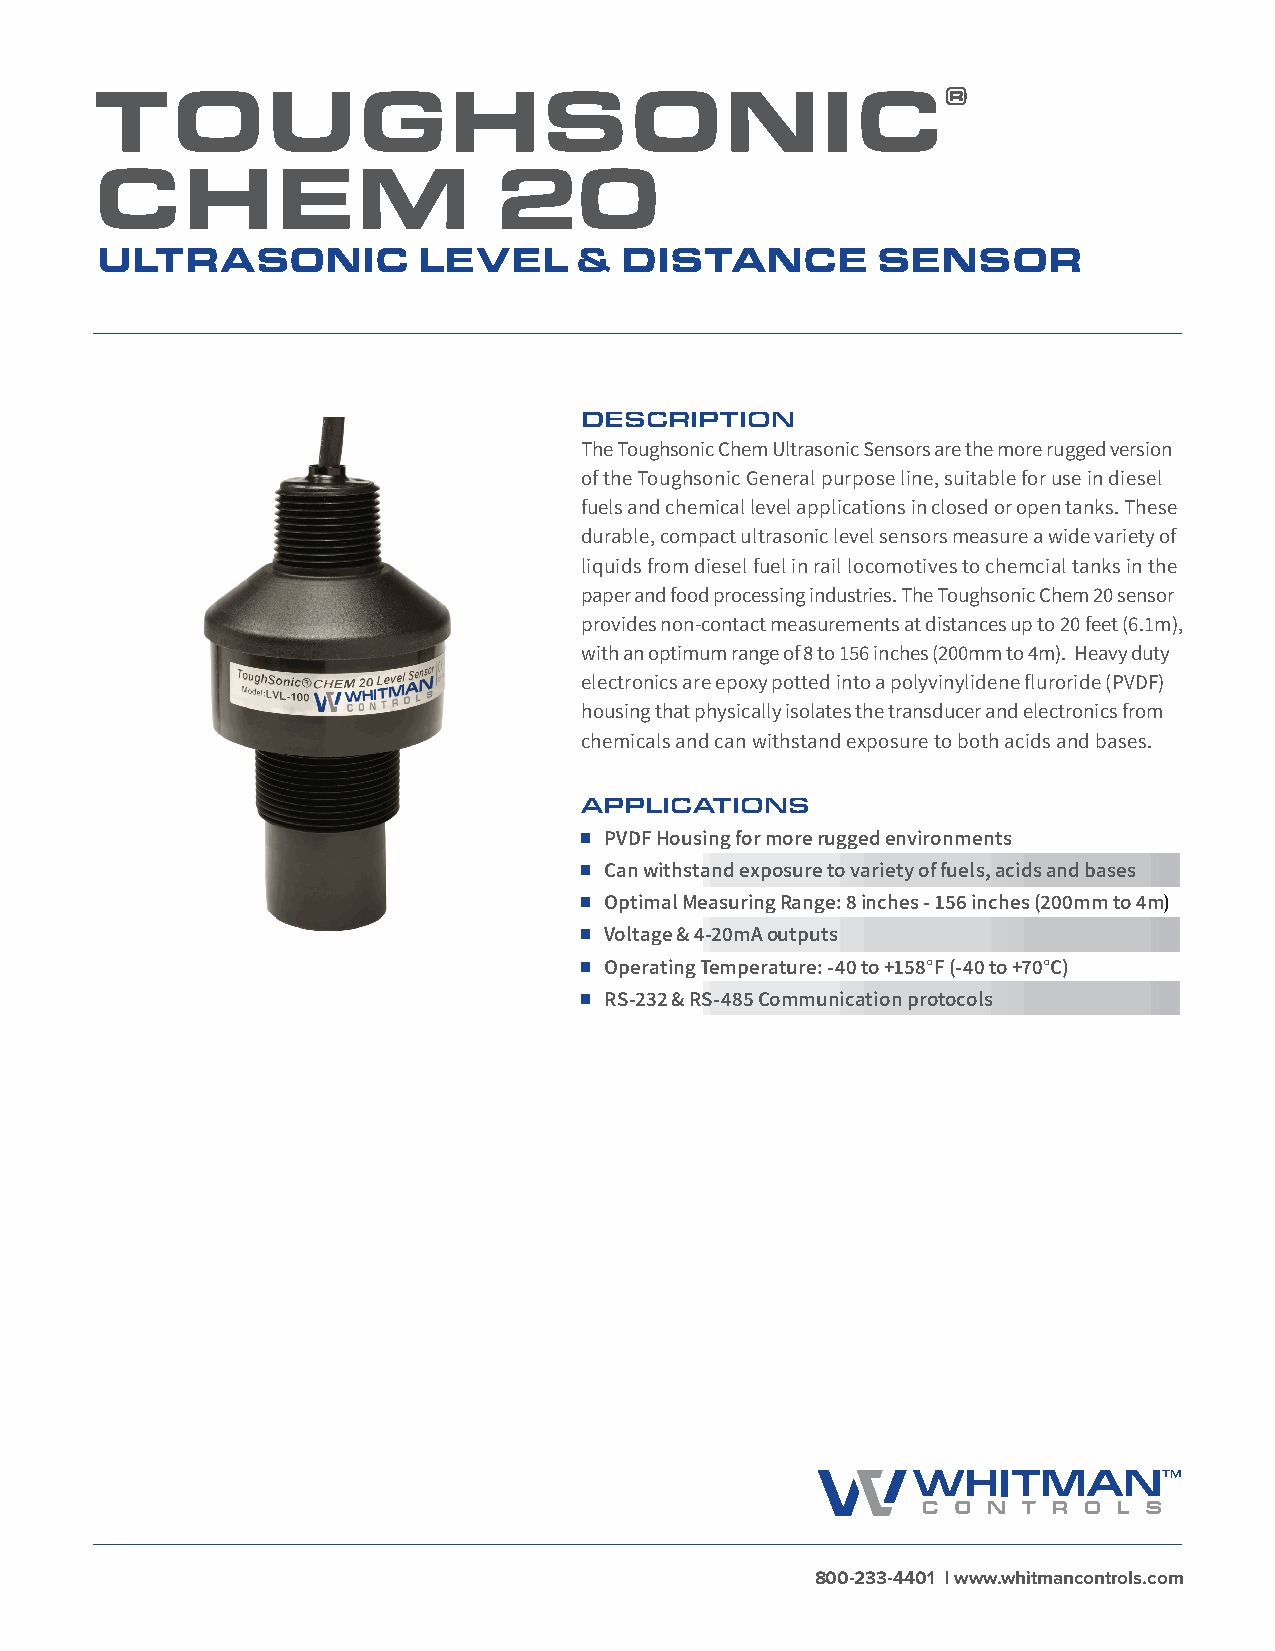
TOUGHSONIC®
 CHEM                       20
 ULTRASONIC            LEVEL     &  DISTANCE         SENSOR
 DESCRIPTION
 The Toughsonic Chem Ultrasonic Sensors are the more rugged version
 of the Toughsonic General purpose line, suitable for use in diesel
 fuels and chemical level applications in closed or open tanks. These
 durable, compact ultrasonic level sensors measure a wide variety of
 liquids from diesel fuel in rail locomotives to chemcial tanks in the
 paper and food processing industries. The Toughsonic Chem 20 sensor
 provides non-contact measurements at distances up to 20 feet (6.1m),
 with an optimum range of 8 to 156 inches (200mm to 4m). Heavy duty
 electronics are epoxy potted into a polyvinylidene fluroride (PVDF)
 housing that physically isolates the transducer and electronics from
 chemicals and can withstand exposure to both acids and bases.
 APPLICATIONS
 PVDF Housing for more rugged environments
 Can withstand exposure to variety of fuels, acids and bases
 Optimal Measuring Range: 8 inches - 156 inches (200mm to 4m)
 Voltage & 4-20mA outputs
 Operating Temperature: -40 to +158°F (-40 to +70°C)
 RS-232 & RS-485 Communication protocols
 800-233-4401 | www.whitmancontrols.com